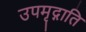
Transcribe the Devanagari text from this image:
उपमृद्गाति